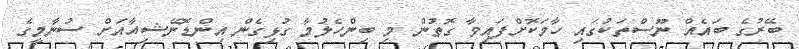
ބޭރުގެ ބައެއް ނޫސްތަކުގައި ހާމަކޮށްފައިވާ ގޮތުން މި ބިންހެލުމާ ގުޅިގެން އިންޑޮނޭޝިއާއަށް ސުނާމީގެ